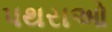
પથરાઓ